system: You are a helpful assistant.
user:
Analyze the provided spectrum to determine if it is a **S-type Star**.

- **Key Indicators for S-type Star:**

    - **(Overall Spectrum Shape):** The first and most obvious characteristic is the overall continuum (the "baseline" shape). It is **extremely "red-sloping,"** meaning the flux (light intensity) is very low on the left side (blue, ~4000-4500 Å) and rises steeply and continuously toward the right side (red, ~7000 Å+).

    - **(Primary):** The spectrum is defined by the presence of strong, broad molecular absorption "valleys" (bands) from **Zirconium Oxide (ZrO)**. The identification of these bands is the **primary requirement** for classifying a star as S-type.
        - **(Key Bandheads):** You must find distinct, deep "dips" where the light has been absorbed. The most critical band systems to locate are:
            - **~6474 Å** ($\gamma$-system): This is often the strongest and clearest ZrO feature, found in the red part of the spectrum.
            - **~5718 Å** & **~5551 Å** ($\beta$-system): A pair of prominent absorption features in the yellow-orange part of the spectrum.
            - **~4640 Å** ($\alpha$-system): A key absorption band system in the blue-green region of the spectrum.

    - **(Secondary Confirmation):** The classification is strengthened by finding additional absorption bands from other related heavy element oxides, which are expected to be present alongside ZrO.
        - **(Key Bandheads):**
            - **Yttrium Oxide (YO):** Look for absorption dips near **~4800 Å** and **~6100 Å**.
            - **Lanthanum Oxide (LaO):** Additional absorption features, particularly in the red-orange part of the spectrum, are also characteristic.

    - **(Line Profile):** The combination of the steep red continuum and these numerous, deep molecular bands (ZrO, YO, etc.) gives the entire spectrum a very **"chopped-up"** or **"bumpy"** appearance. Instead of a smooth curve, the spectrum looks as though large, wide chunks of light have been "carved out" of it at the specific wavelengths listed above.

Think first, call **spectral_visualization_tool** if needed to examine features in detail, then provide your final answer. Your response must adhere to the following strict rules:
1.  **Overall Structure:** Your response must follow the format `<think>...</think> <tool_call>...</tool_call> (if a tool is used) <answer>...</answer>`.
2.  **Tool Usage Constraint:** You may only make **one** tool call per turn.
3.  **Final Answer Format:** In the `<answer>` tag, your conclusion must be inside a `\boxed{}` command (e.g., `\boxed{YES}` or `\boxed{NO}`), followed by your justification.

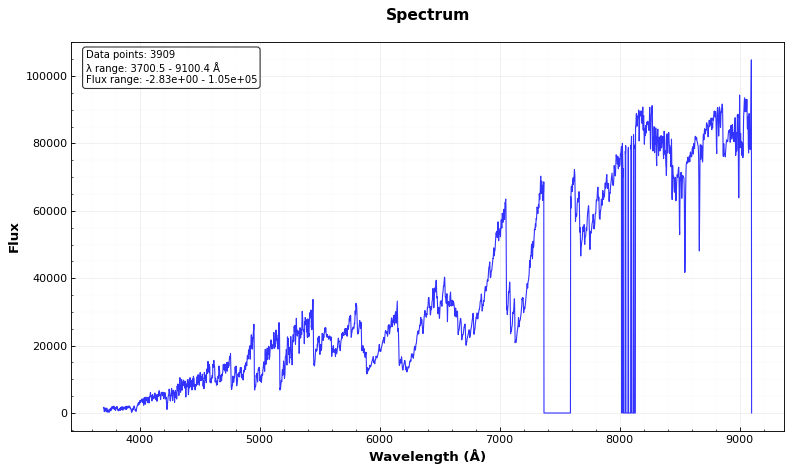
Answer: YES